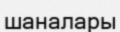
шаналары